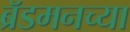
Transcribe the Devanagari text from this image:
ब्रॅडमनच्या